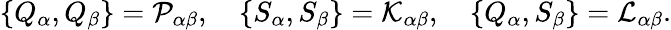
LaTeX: \left\{ Q_{\alpha},Q_{\beta}\right\} ={\cal P}_{\alpha\beta},\quad\left\{ S_{\alpha},S_{\beta}\right\} ={\cal K}_{\alpha\beta},\quad\left\{ Q_{\alpha},S_{\beta}\right\} ={\cal L}_{\alpha\beta}.